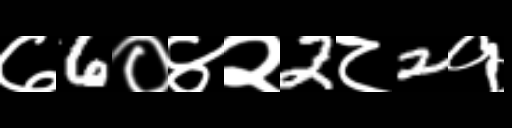
Text: ७6०४२2८2१